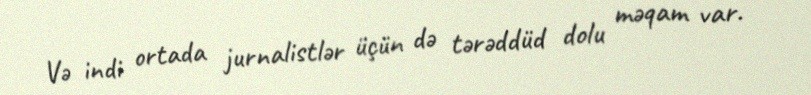
Və indi ortada jurnalistlər üçün də tərəddüd dolu məqam var.